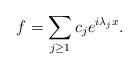
LaTeX: \begin{align*}f = \sum_{j\ge 1} c_j e^{i \lambda_j x}.\end{align*}